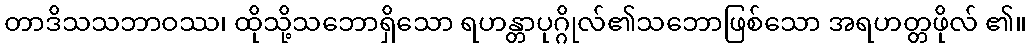
တာဒိသသဘာဝဿ၊ ထိုသို့သဘောရှိသော ရဟန္တာပုဂ္ဂိုလ်၏သဘောဖြစ်သော အရဟတ္တဖိုလ် ၏။